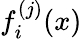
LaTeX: f_{i}^{(j)}(x)